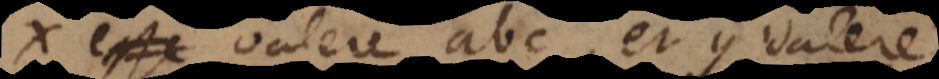
x valere abc, et y valere